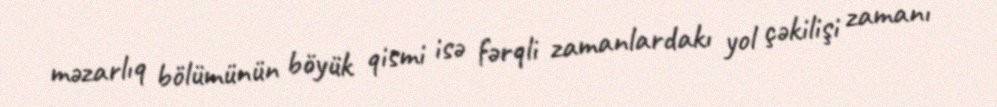
məzarlıq bölümünün böyük qismi isə fərqli zamanlardakı yol çəkilişi zamanı